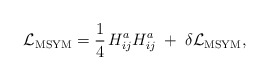
\begin{align*}{\cal L}_{\rm MSYM} = {1 \over 4} \, H_{ij}^a H_{ij}^a \;+\; \delta {\cal L}_{\rm MSYM},\end{align*}